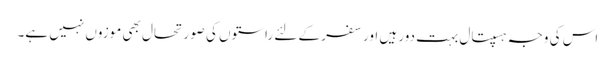
اس کی وجہ ہسپتال بہت دور ہیں اور سفر کے لئے راستوں کی صورتحال بھی موزوں نہیں ہے۔